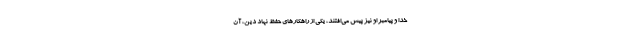
خدا و پیامبر او نیز پیش می‌افتند، یکی از راهکارهای حفظ نهاد دین، آن